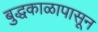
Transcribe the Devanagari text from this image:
बुद्धकाळापासून